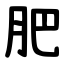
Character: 肥